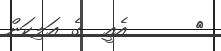
٥      އެއީ  ގެ އަލިކަން